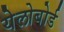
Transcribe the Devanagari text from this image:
येलोबोर्ड